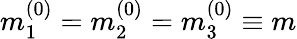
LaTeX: m_{1}^{(0)}=m_{2}^{(0)}=m_{3}^{(0)}\equiv m